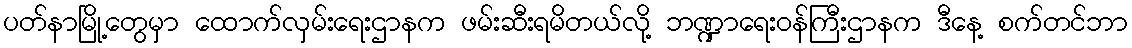
ပတ်နာမြို့တွေမှာ ထောက်လှမ်းရေးဌာနက ဖမ်းဆီးရမိတယ်လို့ ဘဏ္ဍာရေးဝန်ကြီးဌာနက ဒီနေ့ စက်တင်ဘာ